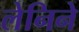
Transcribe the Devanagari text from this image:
लेनिने